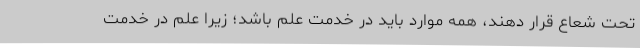
تحت شعاع قرار دهند، همه موارد باید در خدمت علم باشد؛ زیرا علم در خدمت